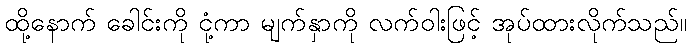
ထို့နောက် ခေါင်းကို ငုံ့ကာ မျက်နှာကို လက်ဝါးဖြင့် အုပ်ထားလိုက်သည်။